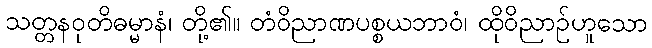
သတ္တနဝုတိဓမ္မာနံ၊ တို့၏။ တံဝိညာဏပစ္စယဘာဝံ၊ ထိုဝိညာဉ်ဟူသော